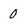
Character: 0